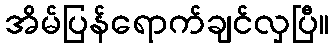
အိမ်ပြန်ရောက်ချင်လှပြီ။